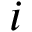
i